Scottish Certificate of Education, 1963
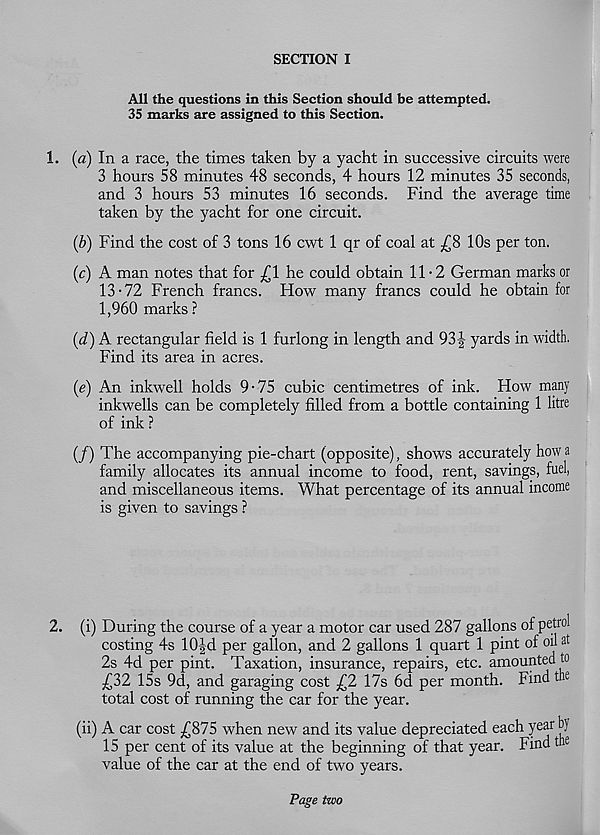
SECTION I
AH the questions in this Section should be attempted.
35 marks are assigned to this Section.
1. (a) In a race, the times taken by a yacht in successive circuits were
3 hours 58 minutes 48 seconds, 4 hours 12 minutes 35 seconds,
and 3 hours 53 minutes 16 seconds. Find the average time
taken by the yacht for one circuit.
(b) Find the cost of 3 tons 16 cwt 1 qr of coal at ^8 10s per ton.
(c) A man notes that for ^1 he could obtain 11-2 German marks or
13-72 French francs. How many francs could he obtain for
1,960 marks ?
(d) A rectangular field is 1 furlong in length and 931 yards in width.
Find its area in acres.
(e) An inkwell holds 9-75 cubic centimetres of ink. How many
inkwells can be completely filled from a bottle containing 1 litre
of ink ?
(/) The accompanying pie-chart (opposite), shows accurately how a
family allocates its annual income to food, rent, savings, fuel,
and miscellaneous items. What percentage of its annual income
is given to savings ?
2. (i) During the course of a year a motor car used 287 gallons of petrol
costing 4s 10|d per gallon, and 2 gallons 1 quart 1 pint of oil at
2s 4d per pint. Taxation, insurance, repairs, etc. amounted to
£32 15s 9d, and garaging cost £2 17s 6d per month. Find the
total cost of running the car for the year.
(ii) A car cost £875 when new and its value depreciated each year b}
15 per cent of its value at the beginning of that year. Find the
value of the car at the end of two years.
Page two